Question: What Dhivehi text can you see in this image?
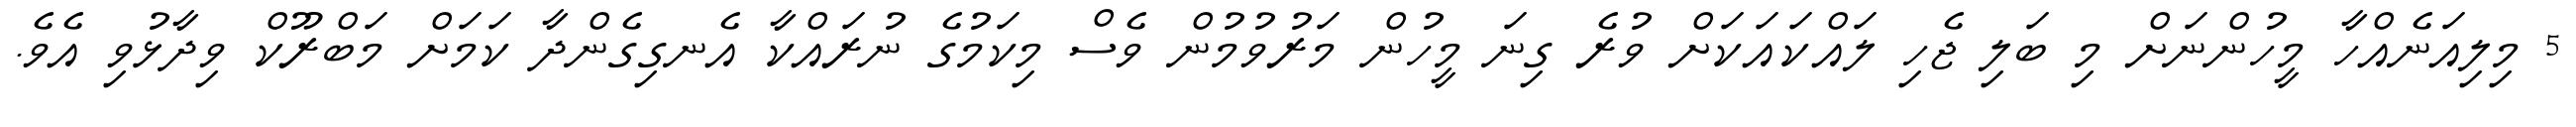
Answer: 5 މިލިއަނެއްހާ މީހުންނަށް މި ބަލި ޖެހި ލައްކައަކަށް ވުރެ ގިނަ މީހުން މަރުވުމުން ވެސް މިކަމުގެ ނުރައްކާ އެނގިގެންދާ ކަމަށް މަބްރޫކް ވިދާޅުވި އެވެ.